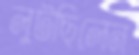
লুটছিলেন